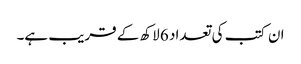
ان کتب کی تعداد 6 لاکھ کے قریب ہے۔